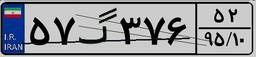
۵۷گ۳۷۶۵۲